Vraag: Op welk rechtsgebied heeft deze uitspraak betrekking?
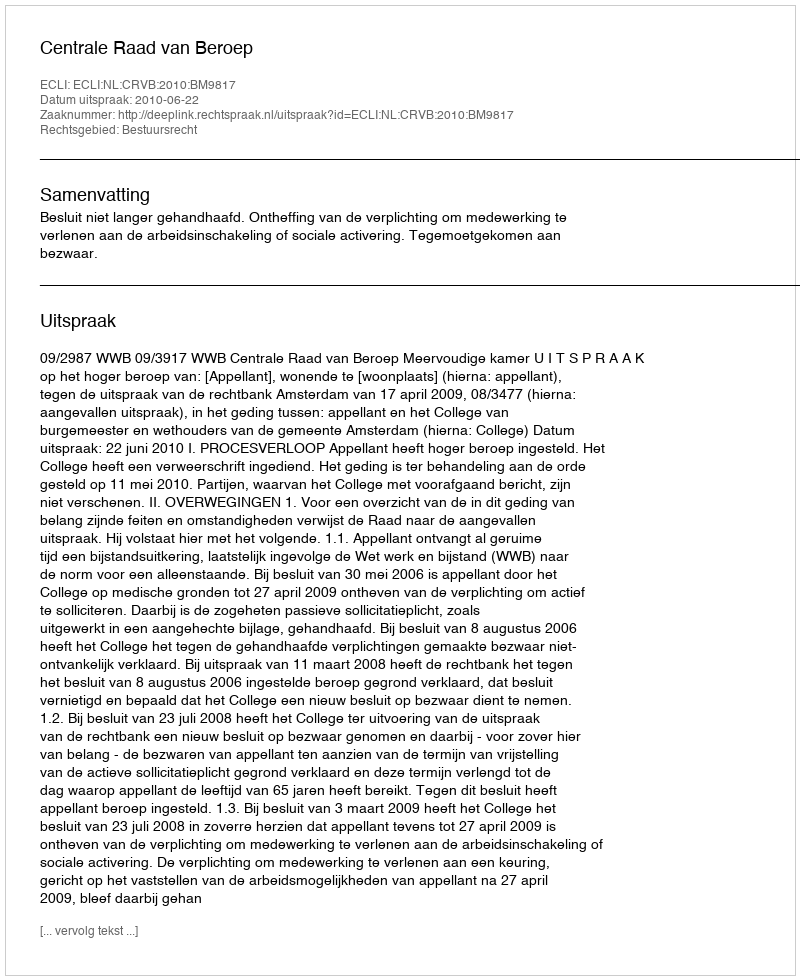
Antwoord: Bestuursrecht